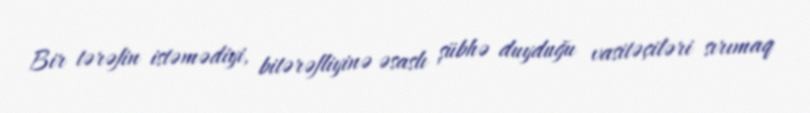
Bir tərəfin istəmədiyi, bitərəfliyinə əsaslı şübhə duyduğu vasitəçiləri sırımaq